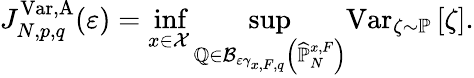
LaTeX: J_{N,p,q}^{\mathrm{Var},\mathrm{A}}(\varepsilon)=\operatorname*{inf}_{x\in\mathcal{X}}{\displaystyle\operatorname*{sup}_{\mathbb{Q}\in\mathcal{B}_{\varepsilon\gamma_{x,F,q}}\left(\widehat{\mathbb{P}}_{N}^{x,F}\right)}}\mathrm{Var}_{\zeta\sim\mathbb{P}}\left[\zeta\right].